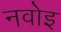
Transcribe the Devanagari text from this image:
नवोइ